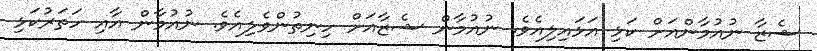
ޝެޒާ ނުއުމާންއަށް ކަޅި އަޅައިލިއެވެ. ނުއުމާން ޝެޒާއަށް ހިނިތުންވެލިއެވެ. ނުއުމާން އާއި ހަތަރުކަޅި